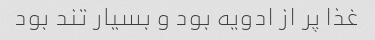
غذا پر از ادویه بود و بسیار تند بود